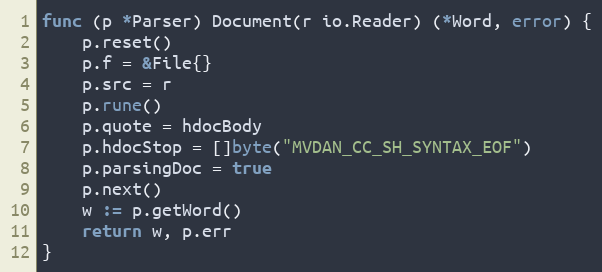
Language: Go
func (p *Parser) Document(r io.Reader) (*Word, error) {
	p.reset()
	p.f = &File{}
	p.src = r
	p.rune()
	p.quote = hdocBody
	p.hdocStop = []byte("MVDAN_CC_SH_SYNTAX_EOF")
	p.parsingDoc = true
	p.next()
	w := p.getWord()
	return w, p.err
}